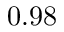
0 . 9 8